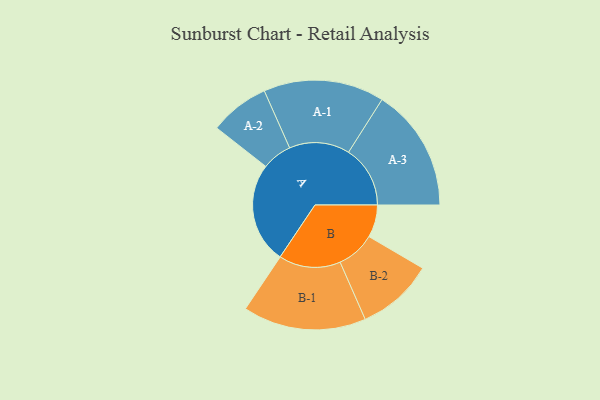
{"axis": {"x": "Segment", "y": "Value"}, "legend": ["", "A", "B"], "data": [{"x": "A", "y": 391, "type": ""}, {"x": "B", "y": 126, "type": ""}, {"x": "A-1", "y": 234, "type": "A"}, {"x": "A-2", "y": 116, "type": "A"}, {"x": "A-3", "y": 239, "type": "A"}, {"x": "B-1", "y": 239, "type": "B"}, {"x": "B-2", "y": 149, "type": "B"}]}